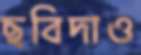
ছবিদাও